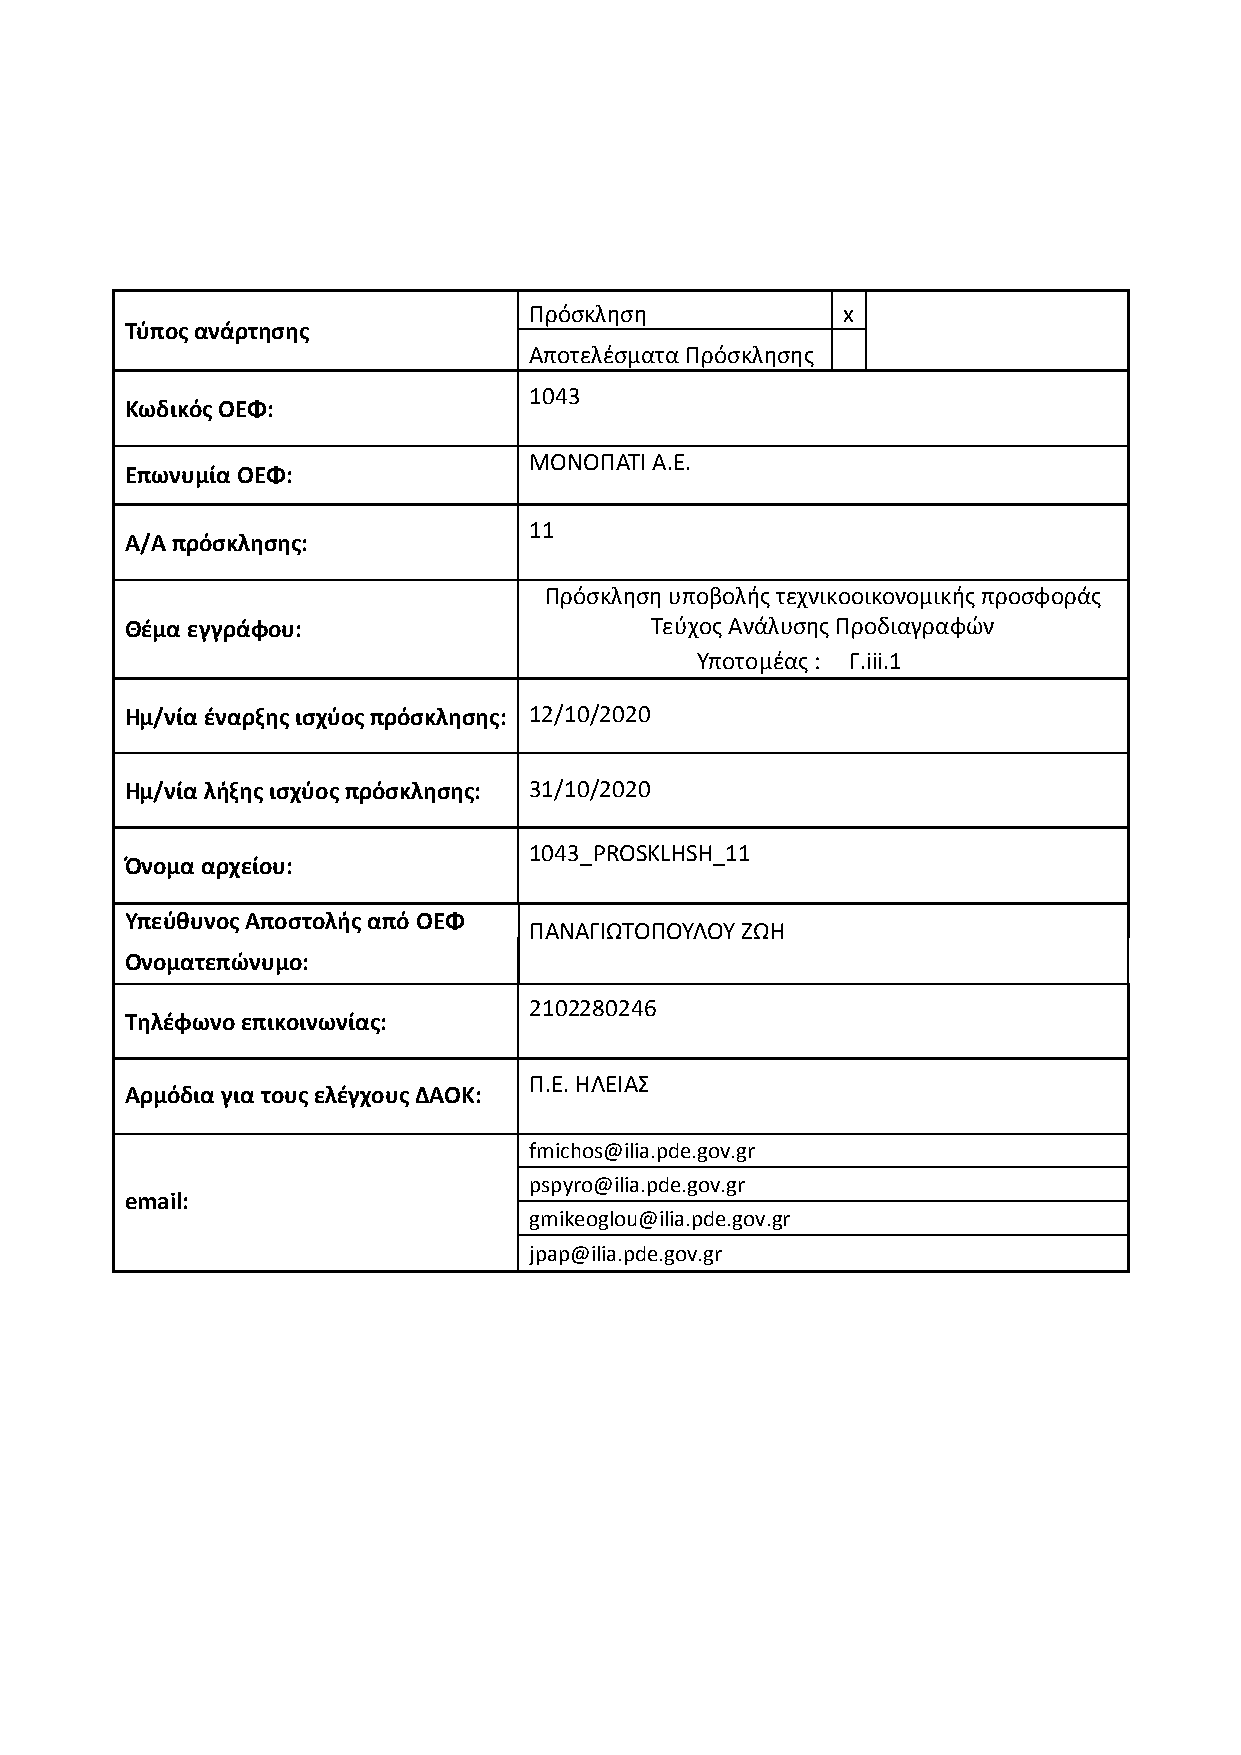
Πρόσκληση            x
 Τύπος ανάρτησης
 Αποτελέσματα Πρόσκλησης
 1043
 Κωδικός ΟΕΦ:
 ΜΟΝΟΠΑΤΙ Α.Ε.
 Επωνυμία ΟΕΦ:
 11
 Α/Α πρόσκλησης:
 Πρόσκληση υποβολής τεχνικοοικονομικής προσφοράς
 Θέμα εγγράφου:                     Τεύχος Ανάλυσης Προδιαγραφών
 Υποτομέας : Γ.iii.1
 Ημ/νία έναρξης ισχύος πρόσκλησης: 12/10/2020
 Ημ/νία λήξης ισχύος πρόσκλησης: 31/10/2020
 1043_PROSKLHSH_11
 Όνομα αρχείου:
 Υπεύθυνος Αποστολής από ΟΕΦ
 ΠΑΝΑΓΙΩΤΟΠΟΥΛΟΥ ΖΩΗ
 Ονοματεπώνυμο:
 2102280246
 Τηλέφωνο επικοινωνίας:
 Π.Ε. ΗΛΕΙΑΣ
 Αρμόδια για τους ελέγχους ΔΑΟΚ:
 fmichos@ilia.pde.gov.gr
 pspyro@ilia.pde.gov.gr
 email:
 gmikeoglou@ilia.pde.gov.gr
 jpap@ilia.pde.gov.gr